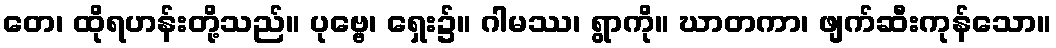
တေ၊ ထိုရဟန်းတို့သည်။ ပုဗ္ဗေ၊ ရှေး၌။ ဂါမဿ၊ ရွာကို။ ဃာတကာ၊ ဖျက်ဆီးကုန်သော။